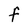
Character: F